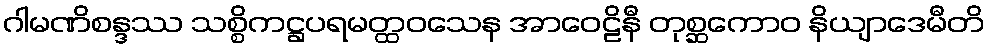
ဂါမဏိစန္ဒဿ သစ္စိကဋ္ဌပရမတ္ထဝသေန အာဝေဠိနီ တုစ္ဆကောဝ နိယျာဒေမီတိ